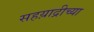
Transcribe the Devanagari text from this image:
सहय़ाद्रीच्या